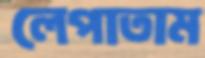
লেপাতাম